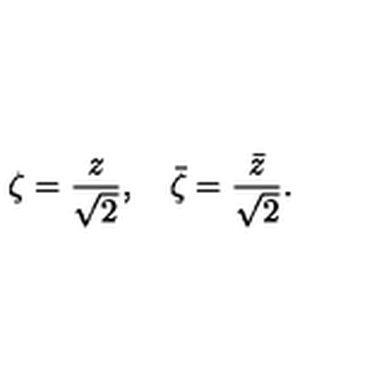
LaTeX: \zeta = { \frac { z } { \sqrt { 2 } } } , \quad { \bar { \zeta } } = { \frac { \bar { z } } { \sqrt { 2 } } } .